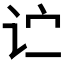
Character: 𬣞